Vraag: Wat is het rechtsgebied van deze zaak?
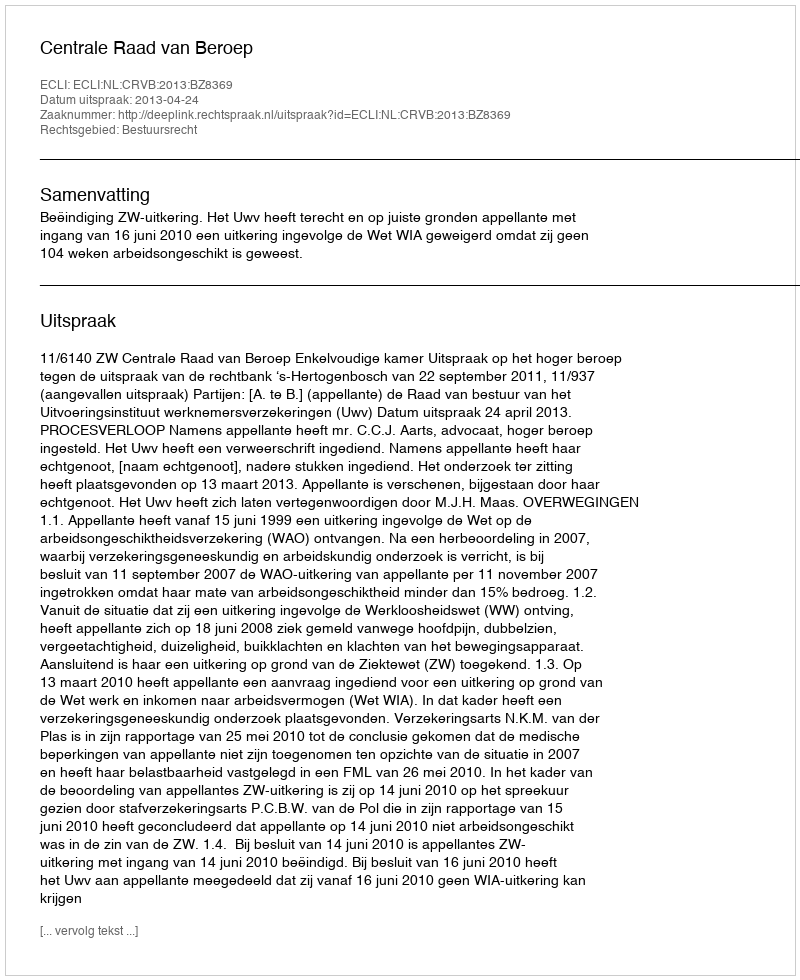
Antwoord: Bestuursrecht